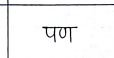
मजकूर: पण